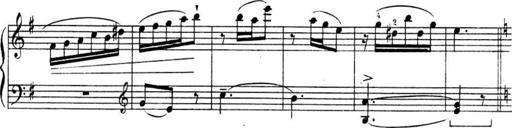
Title: Sonatines
Composer: Hedwige ChrÃ©tien